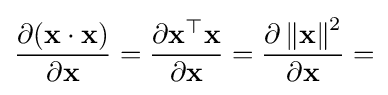
{\frac {\partial (\mathbf {x} \cdot \mathbf {x} )}{\partial \mathbf {x} }}={\frac {\partial \mathbf {x} ^{\top }\mathbf {x} }{\partial \mathbf {x} }}={\frac {\partial \left\Vert \mathbf {x} \right\Vert ^{2}}{\partial \mathbf {x} }}=